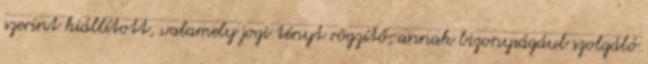
szerint kiállított, valamely jogi tényt rögzítő, annak bizonyságául szolgáló